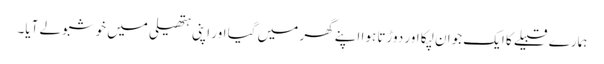
ہمارے قبیلے کا ایک جوان لپکا اور دوڑتا ہوا اپنے گھر میں گیا اور اپنی ہتھیلی میں خوشبو لے آیا۔